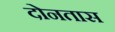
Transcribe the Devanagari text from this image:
दोनतास